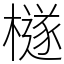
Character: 檖